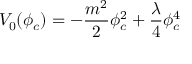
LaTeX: V _ { 0 } ( \phi _ { c } ) = - \frac { m ^ { 2 } } { 2 } \phi _ { c } ^ { 2 } + \frac { \lambda } { 4 } \phi _ { c } ^ { 4 }